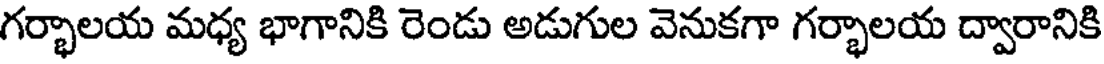
గర్భాలయ మధ్య భాగానికి రెండు అడుగుల వెనుకగా గర్భాలయ ద్వారానికి